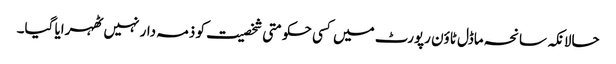
حالانکہ سانحہ ماڈل ٹاؤن رپورٹ میں کسی حکومتی شخصیت کو ذمہ دار نہیں ٹھہرایا گیا۔